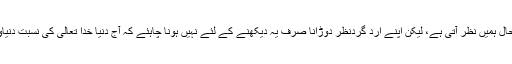
اگر ہم اپنے ارد گردنظر دوڑائیں تو یہی صورتحال ہمیں نظر آتی ہے، لیکن اپنے ارد گردنظر دوڑانا صرف یہ دیکھنے کے لئے نہیں ہونا چاہئے کہ آج دنیا خدا تعالیٰ کی نسبت دنیاوی چیزوں پر زیادہ یقین اور بھروسہ کرتی ہے۔